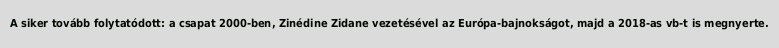
A siker tovább folytatódott: a csapat 2000-ben, Zinédine Zidane vezetésével az Európa-bajnokságot, majd a 2018-as vb-t is megnyerte.